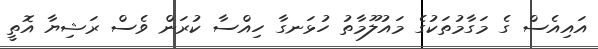
އައިއެސް ގެ މަގާމުތަކުގެ މައުލޫމާތު ހުޅަނގާ ހިއްސާ ކުރަން ވެސް ރަޝިޔާ އޮތީ